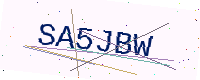
Text: SA5JBW